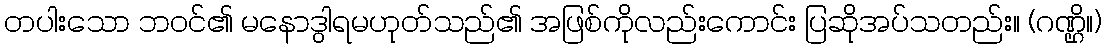
တပါးသော ဘဝင်၏ မနောဒွါရမဟုတ်သည်၏ အဖြစ်ကိုလည်းကောင်း ပြဆိုအပ်သတည်း။ (ဂဏ္ဌိ။)